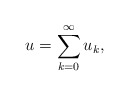
\begin{align*} u=\sum_{k=0}^{\infty} u_k,\end{align*}